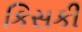
કિસકી